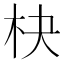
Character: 㭈